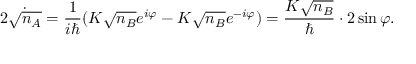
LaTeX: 2 { \dot { \sqrt { n _ { A } } } } = { \frac { 1 } { i \hbar } } ( K { \sqrt { n _ { B } } } e ^ { i \varphi } - K { \sqrt { n _ { B } } } e ^ { - i \varphi } ) = { \frac { K { \sqrt { n _ { B } } } } { \hbar } } \cdot 2 \sin \varphi .